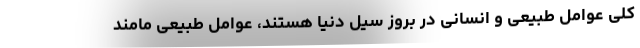
کلی عوامل طبیعی و انسانی در بروز سیل دنیا هستند، عوامل طبیعی مامند